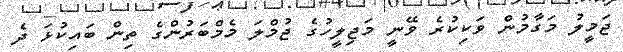
ޖަމީލު މަގާމުން ވަކިކުރެ ވޭނީ މަޖިލީހުގެ ޖުމްލަ މެމްބަރުންގެ ތިން ބައިކުޅަ ދެ